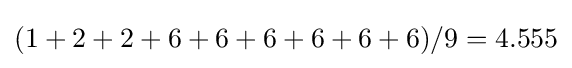
(1+2+2+6+6+6+6+6+6)/9=4.555